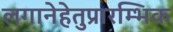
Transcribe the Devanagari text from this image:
लगानेहेतुप्रारम्भिक